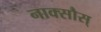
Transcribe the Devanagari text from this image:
नाक्सौस्